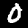
Label: 0